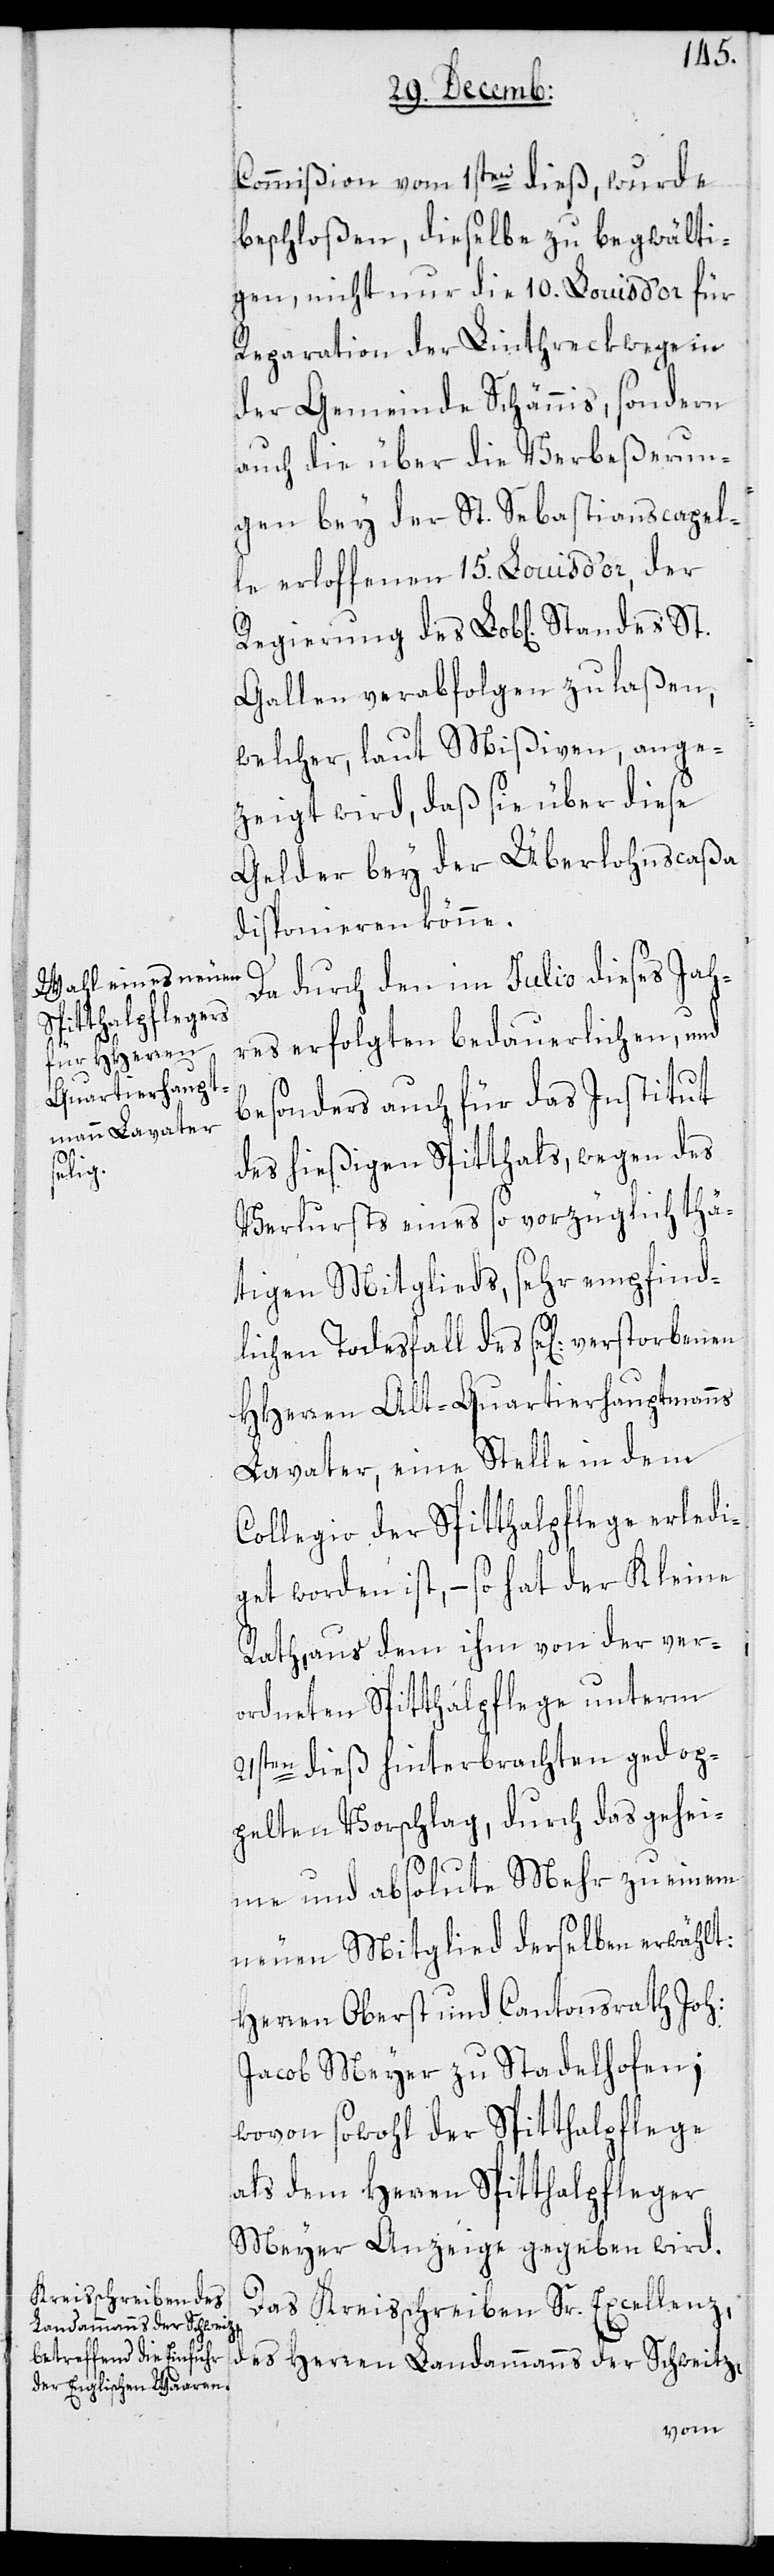
St.

Commißion vom 1sten dieß, wurde
beschloßen, dieselbe zu begwälti¬
gen, nicht nur die 10. Louis d’or für
Reparation der Linthreckwege in
der Gemeinde Schännis, sondern
auch die über die Verbeßerun¬
gen bey der St. Sebastianscapel¬
le erloffenen 15. Louis d’or, der
Gallen verabfolgen zu laßen,
welcher, laut Mißiven, ange¬
zeigt wird, daß sie über diese
Gelder bey der Überlohnscaßa
disponieren könne.
des
Da durch den im Julio dieses Jah¬
res erfolgten bedauerlichen, und
besonders auch für das Institut
des hießigen Spitthals, wegen des
Verlusts eines so vorzüglich thä¬
tigen Mitglieds, sehr empfind¬
lichen Todesfall des sel: verstorbenen
HHerren Alt-Quartierhauptmanns
Lavater, eine Stelle in dem
Collegio der Spitthalpflege erledi¬
get worden ist, – so hat der Kleine
Rath, aus dem ihm von der ver¬
ordneten Spitthalpflege unterm
21sten dieß hinterbrachten gedop¬
pelten Vorschlag, durch das gehei¬
me und absolute Mehr zu einem
neuen Mitglied derselben erwählt:
Herren Oberst und Cantonsrath Joh:
Jacob Meyer zu Stadelhofen;
wovon sowohl der Spitthalpflege
als dem Herren Spitthalpfleger
Meyer Anzeige gegeben wird.
Das Kreisschreiben Sr. Excellenz,
des Herren Landammanns der Schweitz,